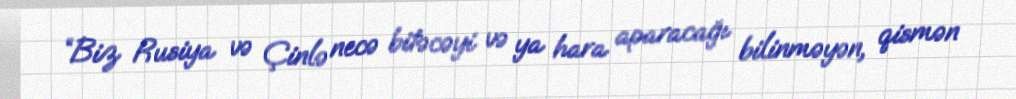
“Biz Rusiya və Çinlə necə bitəcəyi və ya hara aparacağı bilinməyən, qismən